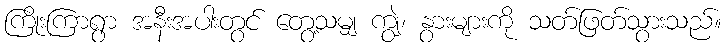
ကြိုးကြာရွာ အနီးအပါးတွင် တွေ့သမျှ ကျွဲ၊ နွားများကို သတ်ဖြတ်သွားသည်။